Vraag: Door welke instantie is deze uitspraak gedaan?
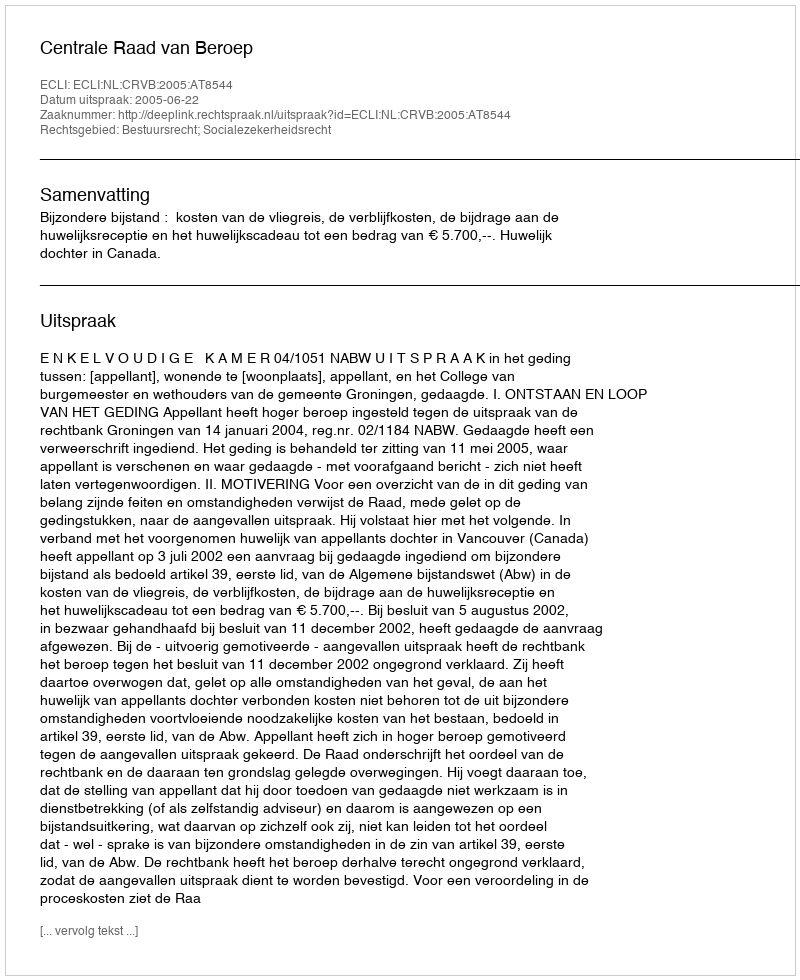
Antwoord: Centrale Raad van Beroep